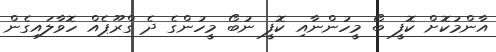
އާންމުކޮށް ކޮފީ ބޯ މީހުންނާއި ކޮފީ ނުބޯ މީހުންގެ ދެ ގްރޫޕެއް ހޮވާލައިގެން